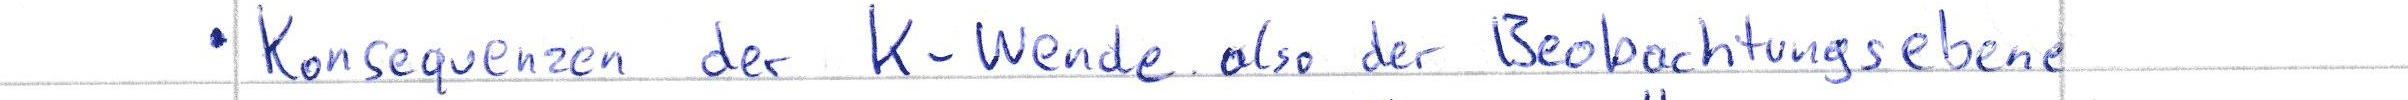
Konsequenzen der K-Wende also der Beobachtungsebene